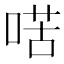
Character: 𠸋